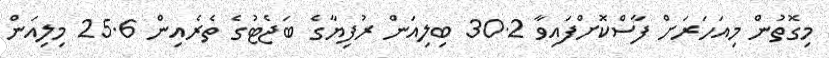
މިގޮތުން މިއަހަރަށް ފާސްކޮށްފައިވާ 30.2 ބިލިއަން ރުފިޔާގެ ބަޖެޓުގެ ތެރެއިން 25.6 މިލިއަން